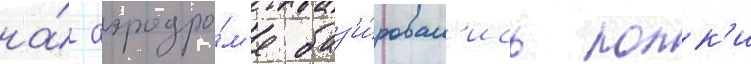
на́ аэродро́м'е баз'и́ровал'ись полк'и